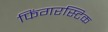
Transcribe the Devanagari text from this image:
फिंगरस्टिक